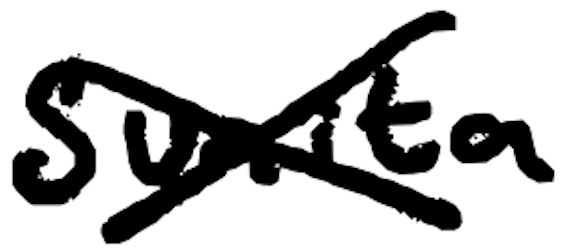
Text: Sunita
Cross-out: cross
Writing tool: digital_black